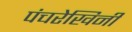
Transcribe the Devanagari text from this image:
पंचरेखिनी